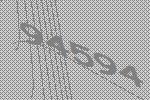
94594